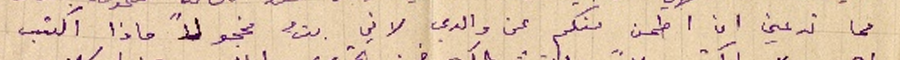
مما تدعني ان اطمن منكم عن والدي لان بتُّ مخجولاً ماذا اكتب